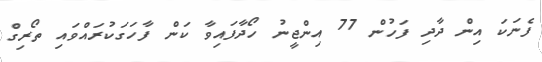
ފެނަކަ އިން ދާދި ފަހުން 77 އިންޖީނު ހޯދާފައިވާ ކަން ފާހަގަކުރައްވައި ތޯރިގް